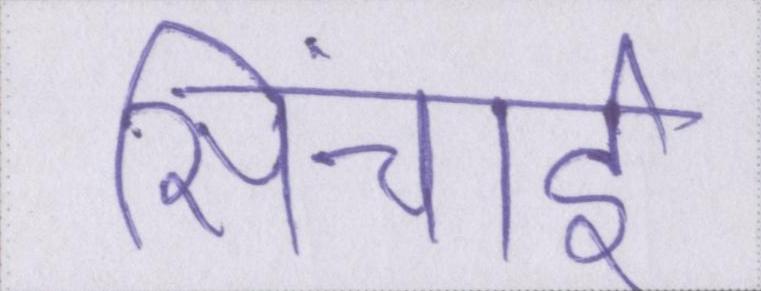
सिंचाई